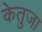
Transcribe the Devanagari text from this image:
केतुजा